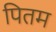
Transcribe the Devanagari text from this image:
पितम